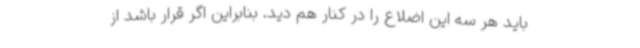
باید هر سه این اضلاع را در کنار هم دید. بنابراین اگر قرار باشد از